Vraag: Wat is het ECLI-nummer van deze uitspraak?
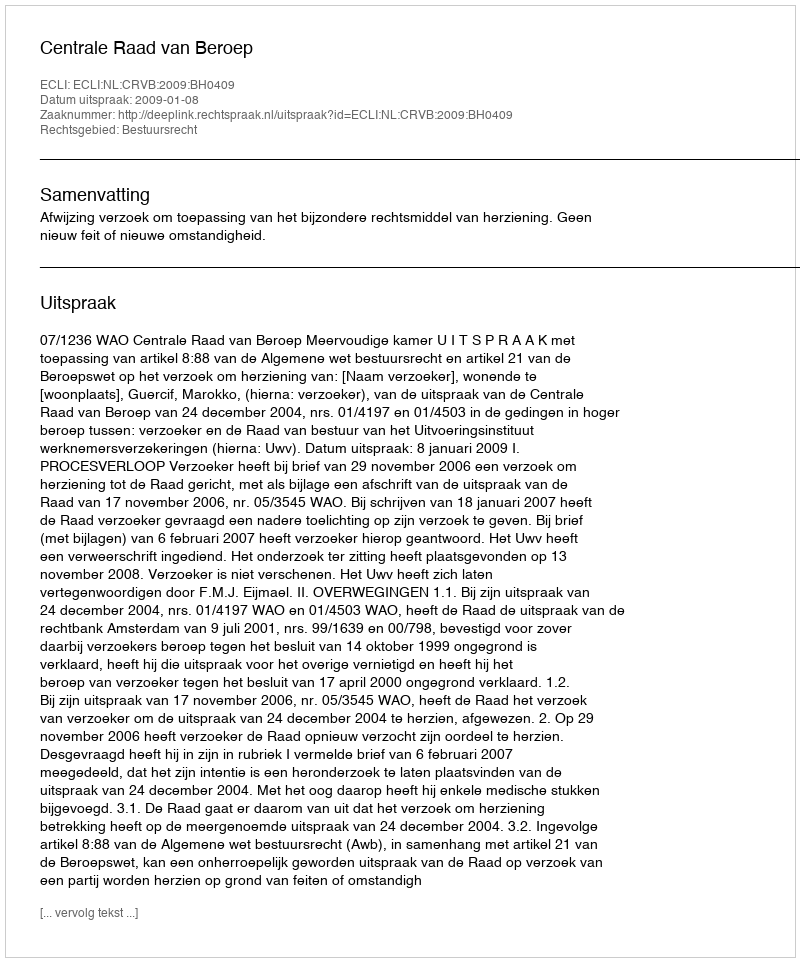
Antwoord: ECLI:NL:CRVB:2009:BH0409